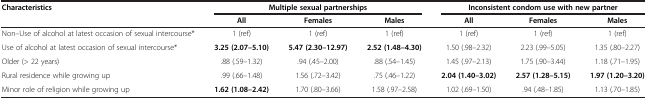
<table><thead><tr><td><b>Characteristics</b></td><td colspan="3"><b>Multiple sexual partnerships</b></td><td colspan="3"><b>Inconsistent condom use with new partner</b></td></tr><tr><td><b> </b></td><td><b>All</b></td><td><b>Females</b></td><td><b>Males</b></td><td><b>All</b></td><td><b>Females</b></td><td><b>Males</b></td></tr></thead><tbody><tr><td>Non–Use of alcohol at latest occasion of sexual intercourse*</td><td>1 (ref)</td><td>1 (ref)</td><td>1 (ref)</td><td>1 (ref)</td><td>1 (ref)</td><td>1 (ref)</td></tr><tr><td>Use of alcohol at latest occasion of sexual intercourse*</td><td><b>3.25 (2.07–5.10)</b></td><td><b>5.47 (2.30–12.97)</b></td><td><b>2.52 (1.48–4.30)</b></td><td>1.50 (.98–2.32)</td><td>2.23 (.99–5.05)</td><td>1.35 (.80–2.27)</td></tr><tr><td>Older (&gt; 22 years)</td><td>.88 (.59–1.32)</td><td>.94 (.45–2.00)</td><td>.88 (.54–1.45)</td><td>1.45 (.97–2.13)</td><td>1.75 (.90–3.44)</td><td>1.18 (.71–1.95)</td></tr><tr><td>Rural residence while growing up</td><td>.99 (.66–1.48)</td><td>1.56 (.72–3.42)</td><td>.75 (.46–1.22)</td><td><b>2.04 (1.40–3.02)</b></td><td><b>2.57 (1.28–5.15)</b></td><td><b>1.97 (1.20–3.20)</b></td></tr><tr><td>Minor role of religion while growing up</td><td><b>1.62 (1.08–2.42)</b></td><td>1.70 (.80–3.66)</td><td>1.58 (.97–2.58)</td><td>1.02 (.69–1.50)</td><td>.94 (.48–1.85)</td><td>1.13 (.70–1.85)</td></tr></tbody></table>